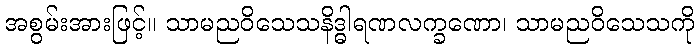
အစွမ်းအားဖြင့်။ သာမညဝိသေသနိဒ္ဓါရဏလက္ခဏော၊ သာမညဝိသေသကို